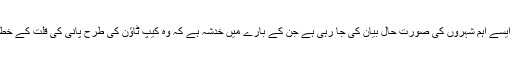
ذیل میں دنیا کے چھ ایسے اہم شہروں کی صورتِ حال بیان کی جا رہی ہے جن کے بارے میں خدشہ ہے کہ وہ کیپ ٹاؤن کی طرح پانی کی قلت کے خطرے سے دوچار ہیں۔